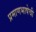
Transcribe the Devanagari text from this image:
प्रमाणभाषेची